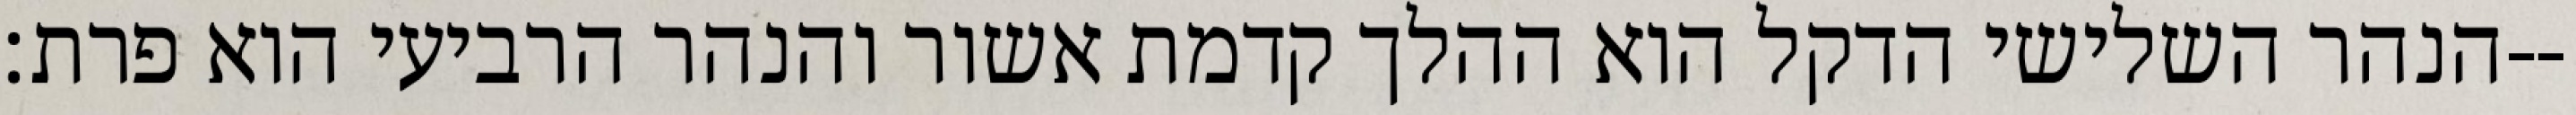
הנהר השלישי הדקל הוא ההלך קדמת אשור והנהר הרביעי הוא פרת׃--